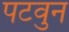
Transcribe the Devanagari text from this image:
पटवुन